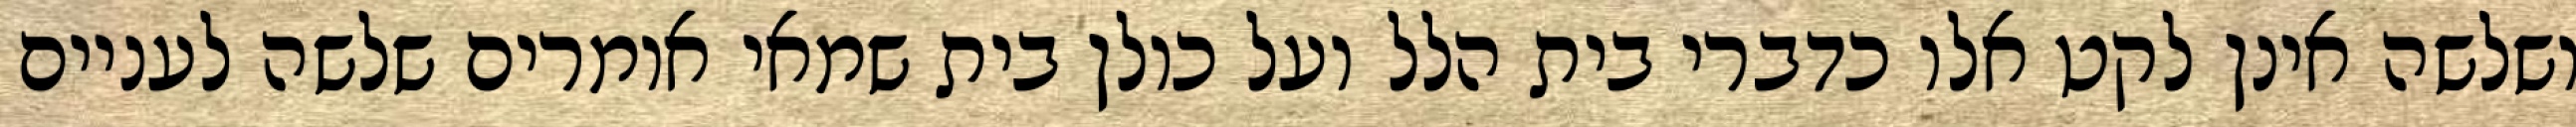
ושלשה אינן לקט אלו כדברי בית הלל ועל כולן בית שמאי אומרים שלשה לעניים